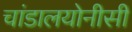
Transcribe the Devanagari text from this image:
चांडालयोनीसी